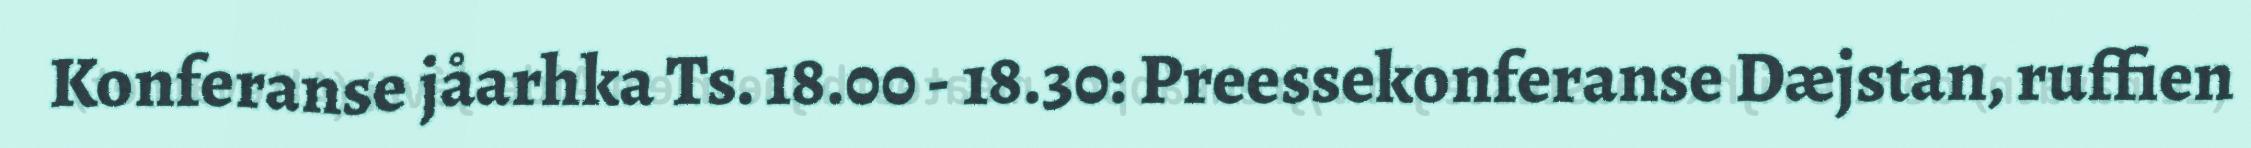
Konferanse jåarhka Ts. 18.00 - 18.30: Preessekonferanse Dæjstan, ruffien